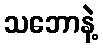
သဘောနဲ့